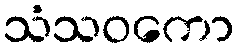
သံသဝကော